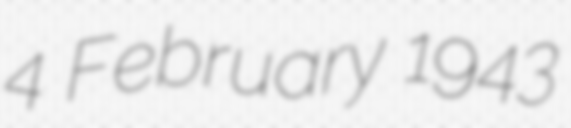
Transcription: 4 February 1943